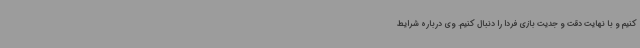
کنیم و با نهایت دقت و جدیت بازی فردا را دنبال کنیم. وی درباره شرایط